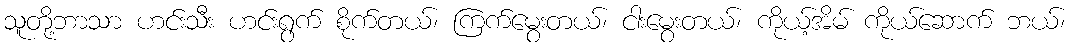
သူတို့ဘာသာ ဟင်းသီး ဟင်းရွက် စိုက်တယ်၊ ကြက်မွေးတယ်၊ ငါးမွေးတယ်၊ ကိုယ့်အိမ် ကိုယ်ဆောက် ဘယ်၊